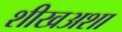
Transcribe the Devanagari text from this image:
शीखअशा